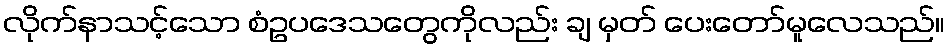
လိုက်နာသင့်သော စံဥပဒေသတွေကိုလည်း ချ မှတ် ပေးတော်မူလေသည်။